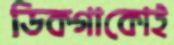
ডিকগাকোই